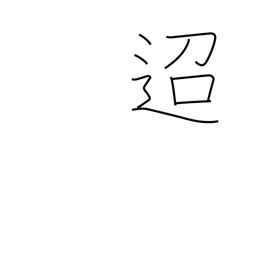
Meaning: distant